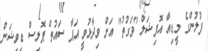
ފުލުންގެ މީޑިއާ އޮފިޝަލް "ވަގުތު" އަށް ވިދާޅުވީ އަޕާ ސައުތް ޕޮލިސް ޑިވިޝަން